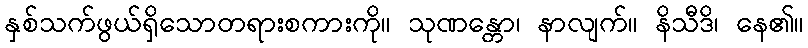
နှစ်သက်ဖွယ်ရှိသောတရားစကားကို။ သုဏန္တော၊ နာလျက်။ နိသီဒိ၊ နေ၏။